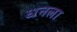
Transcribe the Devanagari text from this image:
ध्‍ानला